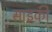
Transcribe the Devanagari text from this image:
साइकी